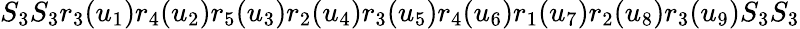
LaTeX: S_{3}S_{3}r_{3}(u_{1})r_{4}(u_{2})r_{5}(u_{3})r_{2}(u_{4})r_{3}(u_{5})r_{4}(u_{6})r_{1}(u_{7})r_{2}(u_{8})r_{3}(u_{9})S_{3}S_{3}